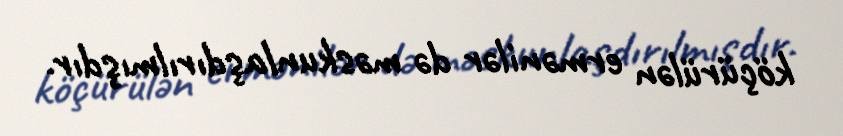
köçürülən ermənilər də məskunlaşdırılmışdır.